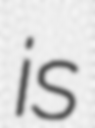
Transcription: is